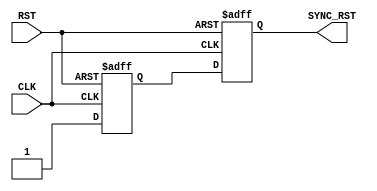

/////////////////////////////////////////////////////////////
/////////////////////// RST SYNC ////////////////////////
/////////////////////////////////////////////////////////////

module RST_SYNC (
input    wire     RST,
input    wire     CLK,
output   wire     SYNC_RST
);

//internal connections
reg     meta_flop ,
        sync_flop ;

//double flop synchronizer
always @(posedge CLK or negedge RST)
 begin
  if(!RST)      // active low
   begin
    meta_flop <= 1'b0 ;
    sync_flop <= 1'b0 ;	
   end
  else
   begin
    meta_flop <= 1'b1 ;
    sync_flop <= meta_flop ;
   end  
 end
 
 
assign  SYNC_RST = sync_flop ;



endmodule